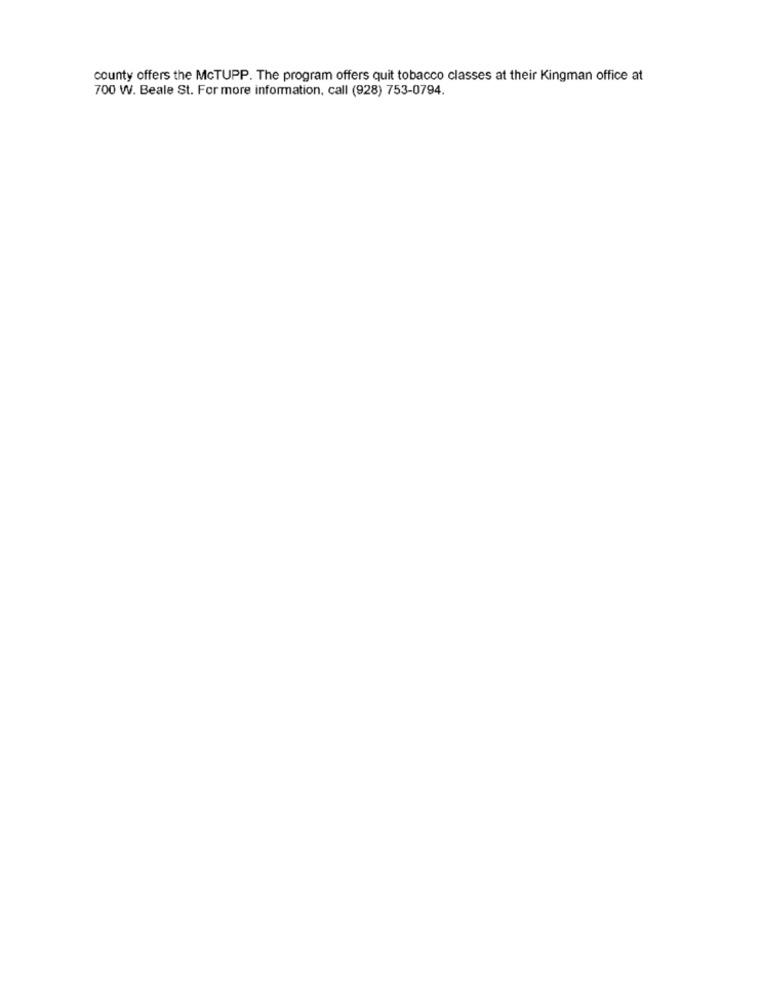
county offers the McTUPP. The program offers quit tobacco classes at their Kingman office at
700 W. Beale St. For more information, call (928) 753-0794.